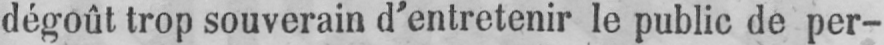
dégoût trop souverain d’entretenir le public de per-